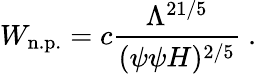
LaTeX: W_{\mathrm{n.p.}}=c\frac{\Lambda^{21/5}}{(\psi\psi H)^{2/5}}\ .